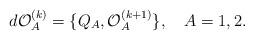
LaTeX: \begin{align*}d {\cal O}^{(k)}_A = \{ Q_A, {\cal O}^{(k+1)}_A \},~~~A=1,2. \end{align*}